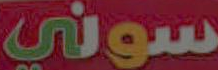
سوني